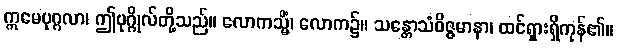
ဣမေပုဂ္ဂလာ၊ ဤပုဂ္ဂိုလ်တို့သည်။ လောကသ္မိံ၊ လောက၌။ သန္တောသံဝိဇ္ဇမာနာ၊ ထင်ရှားရှိကုန်၏။